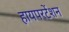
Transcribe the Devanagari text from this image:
हायपरटेंशन